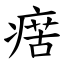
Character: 瘔